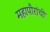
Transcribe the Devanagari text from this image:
महापौरांची